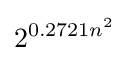
2^{0.2721n^{2}}